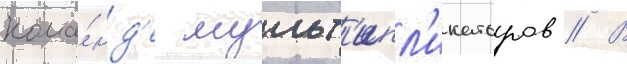
кома́нд'е мульт'ипл'икаторов // В